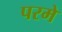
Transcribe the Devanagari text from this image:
परमे